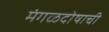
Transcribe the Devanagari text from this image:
मंगळदोषाची